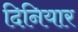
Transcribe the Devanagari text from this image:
दिनियार